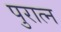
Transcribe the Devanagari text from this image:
पुरात्न